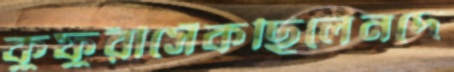
কুফুরীসেঁকছিলেনদে